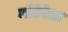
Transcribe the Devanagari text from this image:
माँटेरेला